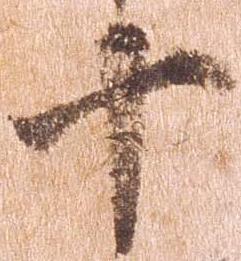
十